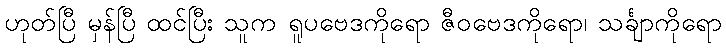
ဟုတ်ပြီ မှန်ပြီ ထင်ပြီး သူက ရူပဗေဒကိုရော ဇီဝဗေဒကိုရော၊ သင်္ချာကိုရော